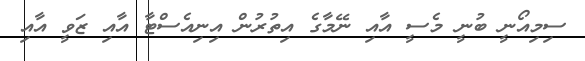
ސިމިއޯނީ ބުނީ މެސީ އާއި ނޭމާގެ އިތުރުން އިނިއެސްޓާ އާއި ޒަވީ އާއި